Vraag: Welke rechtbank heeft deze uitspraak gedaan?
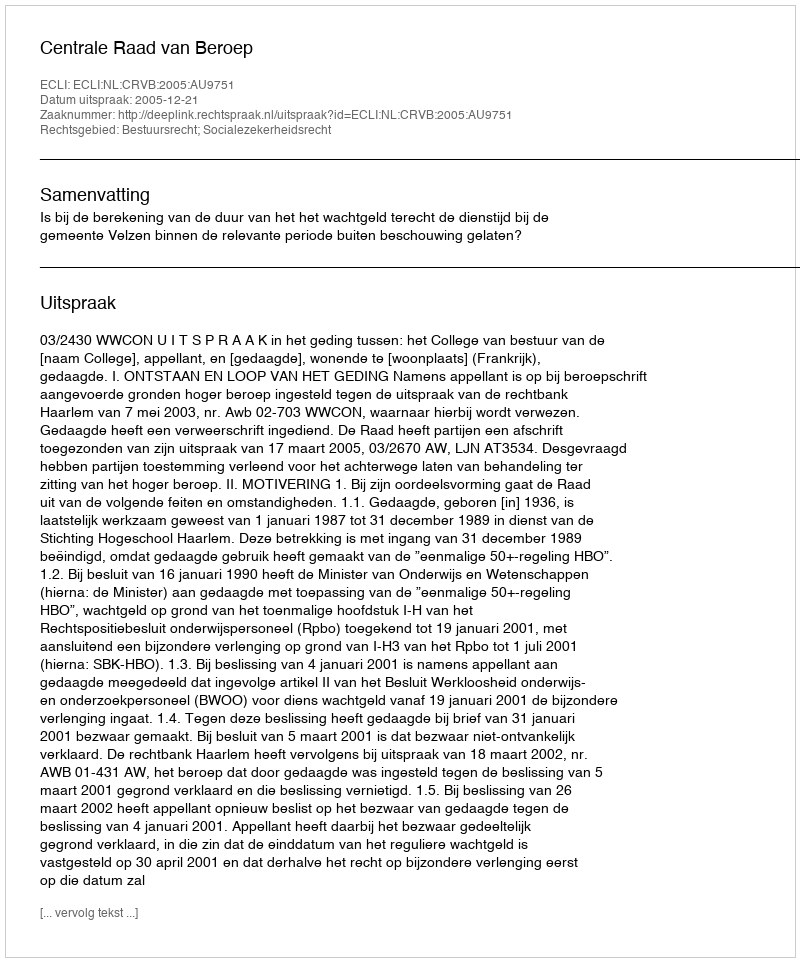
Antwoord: Centrale Raad van Beroep